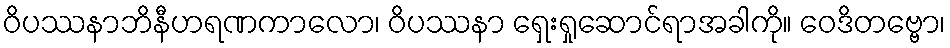
ဝိပဿနာဘိနီဟရဏကာလော၊ ဝိပဿနာ ရှေးရှုဆောင်ရာအခါကို။ ဝေဒိတဗ္ဗော၊